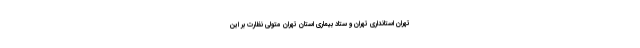
تهران استانداری تهران و ستاد بیماری استان تهران متولی نظارت بر این